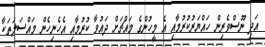
އަދި ނޫސްވެރިން ހައްޔަރުކުރުމާއި އެ މީހުންގެ މައްޗަށް ދައުވާ ކުރުމާއި އެހެނިހެން މައްސަލަތަކާ